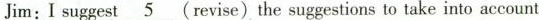
Jim: I suggest\underline{5} (revise) the suggestions to take into account